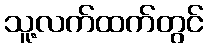
သူ့လက်ထက်တွင်